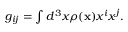
\begin{array} { r } { g _ { i j } = \int d ^ { 3 } x \rho ( { \bf x } ) x ^ { i } x ^ { j } . } \end{array}